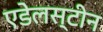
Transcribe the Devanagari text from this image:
एडेलस्टीन